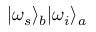
\vert \omega _ { s } \rangle _ { b } \vert \omega _ { i } \rangle _ { a }